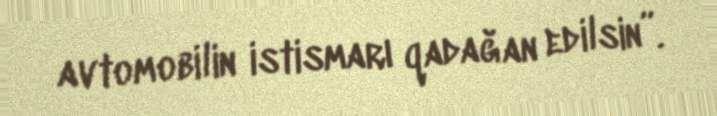
avtomobilin istismarı qadağan edilsin”.